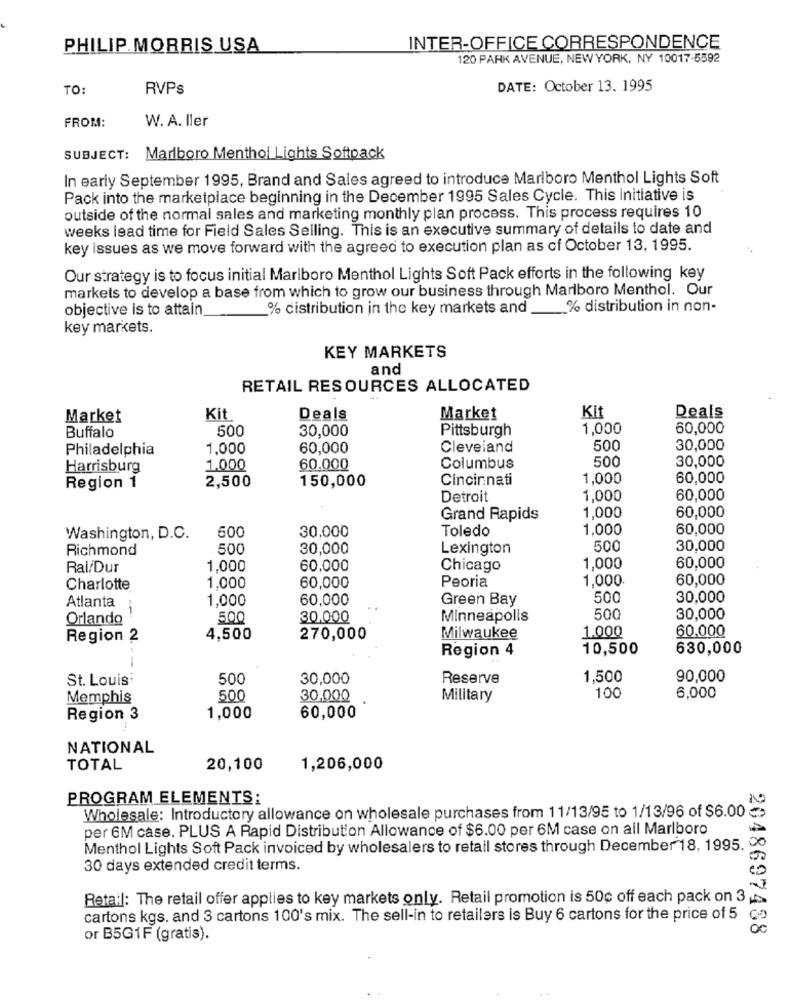
PHILIP MORRIS USA
INTER-OFFICE CORRESPONDENCE
120 PARK AVENUE, NEW YORK, NY 10017-5592
TO:
RVPs
DATE: October 13. 1995
W. A. Iler
FROM:
SUBJECT: Marlboro Menthol Lights Softpack
In early September 1995, Brand and Sales agreed to introduce Marlboro Menthol Lights Soft
Pack into the marketplace beginning in the December 1995 Sales Cycle. This initiative is
outside of the normal sales and marketing monthly plan process. This process requires 10
weeks lead time for Field Sales Selling. This is an executive summary of details to date and
key issues as we move forward with the agreed to execution plan as of October 13, 1995.
Our strategy is to focus initial Marlboro Menthol Lights Soft Pack efforts in the following key
markets to develop a base from which to grow our business through Marlboro Menthol. Our
objective is to attain
% cistribution in the key markets and __
% distribution in non-
key markets.
KEY MARKETS
and
RETAIL RESOURCES ALLOCATED
Market
Kit
Deals
Market
Kit
Deals
500
30,000
Pittsburgh
1.000
60,000
Buffalo
Philadelphia
1.000
60,000
Cleveland
500
30,000
500
30,000
Harrisburg
1.000
60.000
Columbus
2,500
150,000
Cincinnati
1,000
60,000
Region 1
Detroit
1,000
60,000
1,000
Grand Rapids
60,000
Toledo
1.000
60,000
Washington, D.C.
600
30,000
Richmond
500
30,000
Lexington
500
30,000
Rai/Dur
1,000
60,000
Chicago
1,000
60,000
1.000
Peoria
1,000
60,000
Charlotte
60,000
Atlanta
1,000
60,000
Green Bay
500
30,000
Orlando
500
30,000
Minneapolis
500
30,000
1.000
60,000
Region 2
4,500
270,000
Milwaukee
Region 4
10,500
630,000
St. Louis
500
30,000
Reserve
1,500
90,000
Memphis
500
30,000
Military
100
6,000
Region 3
1,000
60,000
NATIONAL
TOTAL
20,100
1,206,000
PROGRAM ELEMENTS:
Wholesale: Introductory allowance on wholesale purchases from 11/13/95 to 1/13/96 of $6.00
per 6M case. PLUS A Rapid Distribution Allowance of $6.00 per 6M case on all Marlboro
Menthol Lights Soft Pack invoiced by wholesalers to retail stores through December 18, 1995.
30 days extended credit terms.
Retail: The retail offer applies to key markets only. Retail promotion is 50c off each pack on 3
cartons kgs. and 3 cartons 100's mix. The sell-in to retailers is Buy 6 cartons for the price of 5
2048697488
or B5G1F (gratis).